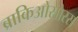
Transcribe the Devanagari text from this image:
ब्राकिओसोरस